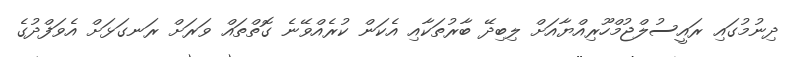
ދިނުމުގައި ރައީސުލްޖުމްހޫރިއްޔާއަށް ލިބިދޭ ބާރުތަކާއި އެކަން ކުރެއްވޭނެ ގޮތްތައް ވަރަށް ރަނގަޅަށް އެވަފްދުގެ